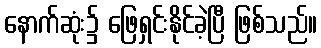
နောက်ဆုံး၌ ဖြေရှင်းနိုင်ခဲ့ပြီ ဖြစ်သည်။